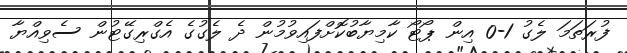
ފުރަތަމަ ލެގު 1-0 އިން ޕޯޓޯ ކާމިޔާބުކޮށްފައިވުމުން ދެ ލެގުގެ އެގްރިގޭޓުން ސެވިއްޔާ